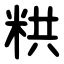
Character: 粠